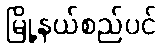
မြို့နယ်စည်ပင်